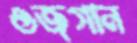
ওজগান